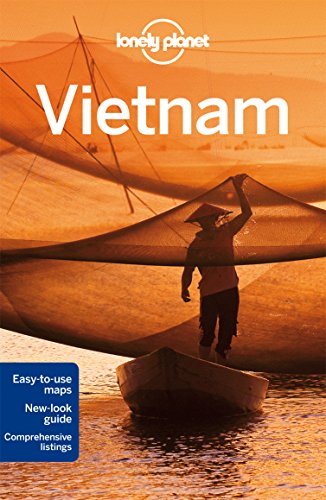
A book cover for Lonely Planet Vietnam (Travel Guide); Lonely Planet; Travel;